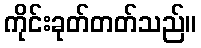
ကိုင်းခုတ်တတ်သည်။